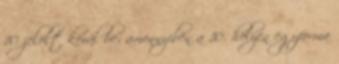
10 jelölt kerül be; amennyiben a 10. helyen egyforma